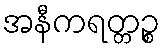
အနီကရတ္တဉ္စ